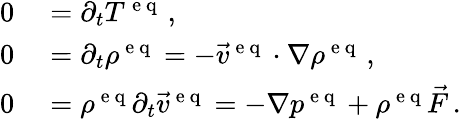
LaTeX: \begin{array}{rl}{0}&{{}=\partial_{t}T^{\mathrm{~e~q~}}\, ,}\\ {0}&{{}=\partial_{t}\rho^{\mathrm{~e~q~}}=-\vec{v}^{\mathrm{~e~q~}}\cdot\nabla\rho^{\mathrm{~e~q~}}\, ,}\\ {0}&{{}=\rho^{\mathrm{~e~q~}}\partial_{t}\vec{v}^{\mathrm{~e~q~}}=-\nabla p^{\mathrm{~e~q~}}+\rho^{\mathrm{~e~q~}}\vec{F}\, .}\end{array}